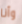
وأنا